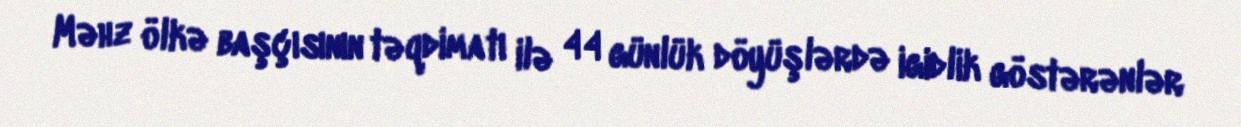
Məhz ölkə başçısının təqdimatı ilə 44 günlük döyüşlərdə igidlik göstərənlər